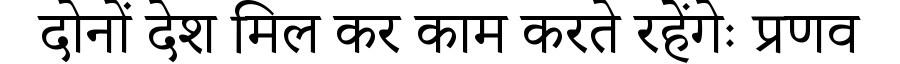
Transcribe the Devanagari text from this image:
दोनों देश मिल कर काम करते रहेंगेः प्रणव